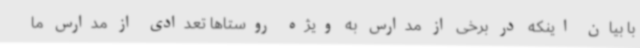
با بیان اینکه در برخی از مدارس به ویژه روستاها تعدادی از مدارس ما